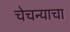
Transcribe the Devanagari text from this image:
चेचन्याचा